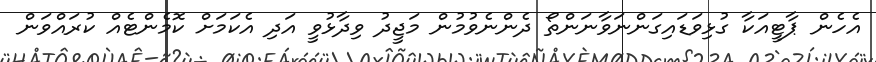
އެހެން ޕާޓީއަކާ ގުޅިވަޑައިގަންނަވާނަންތޯ ދެންނެވުމުން މަޖީދު ވިދާޅުވީ އަދި އެކަމަށް ކޮމެންޓެއް ކުރައްވަން